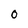
Character: 0